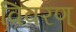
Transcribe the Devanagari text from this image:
विवरण्‌